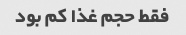
فقط حجم غذا کم بود